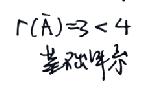
\[
r(\overline{\mathrm{A}})=3<4
\]
基础矩阵